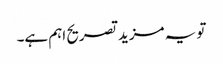
تو یہ مزید تصریح اہم ہے۔